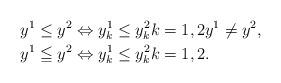
LaTeX: \begin{align*}y^1 \leq y^2 & \Leftrightarrow y^1_k \leq y^2_k k = 1,2 y^1 \neq y^2,\\y^1 \leqq y^2 & \Leftrightarrow y^1_k \leq y^2_k k = 1,2.\end{align*}